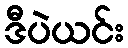
ဒီပဲယင်း